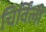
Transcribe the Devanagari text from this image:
चिर्विंली